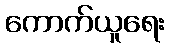
ကောက်ယူရေး